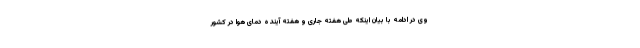
وی در ادامه با بیان اینکه طی هفته جاری و هفته آینده دمای هوا در کشور